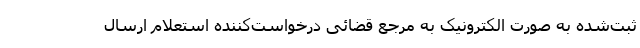
ثبت‌شده به صورت الکترونیک به مرجع قضائی درخواست‌کننده استعلام ارسال